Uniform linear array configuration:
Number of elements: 12
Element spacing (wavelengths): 1
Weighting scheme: cosine
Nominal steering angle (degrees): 15
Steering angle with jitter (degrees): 14.309
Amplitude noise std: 0.05
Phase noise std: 0.05

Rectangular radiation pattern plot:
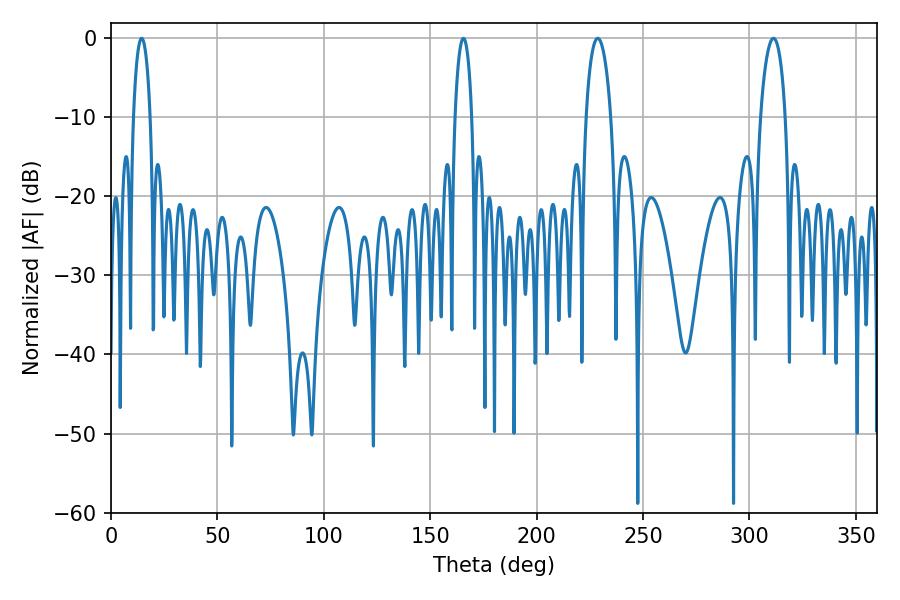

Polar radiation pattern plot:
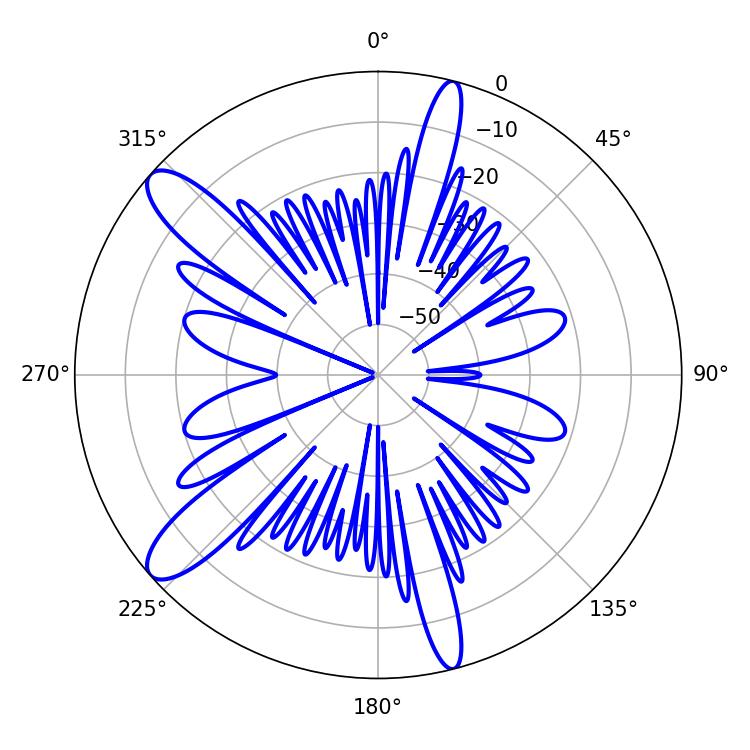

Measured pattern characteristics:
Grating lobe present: TRUE
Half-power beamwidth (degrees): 4.32
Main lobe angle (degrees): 14.4